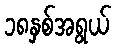
၁၈နှစ်အရွယ်